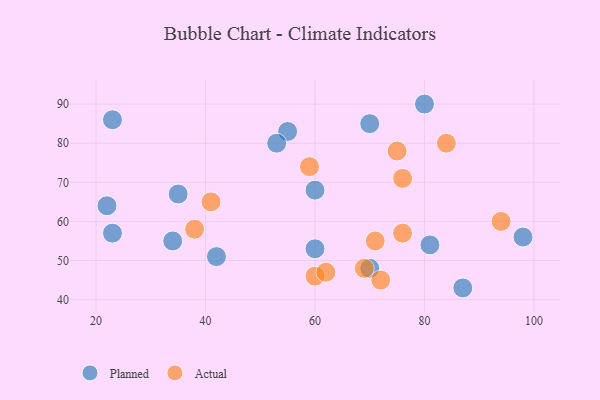
{"axis": {"x": "GDP", "y": "Life Expectancy"}, "legend": ["Actual", "Planned"], "data": [{"x": "23", "y": 57, "type": "Planned"}, {"x": "22", "y": 64, "type": "Planned"}, {"x": "80", "y": 90, "type": "Planned"}, {"x": "60", "y": 53, "type": "Planned"}, {"x": "55", "y": 83, "type": "Planned"}, {"x": "35", "y": 67, "type": "Planned"}, {"x": "70", "y": 48, "type": "Planned"}, {"x": "60", "y": 68, "type": "Planned"}, {"x": "23", "y": 86, "type": "Planned"}, {"x": "81", "y": 54, "type": "Planned"}, {"x": "53", "y": 80, "type": "Planned"}, {"x": "42", "y": 51, "type": "Planned"}, {"x": "87", "y": 43, "type": "Planned"}, {"x": "98", "y": 56, "type": "Planned"}, {"x": "70", "y": 85, "type": "Planned"}, {"x": "34", "y": 55, "type": "Planned"}, {"x": "71", "y": 55, "type": "Actual"}, {"x": "76", "y": 71, "type": "Actual"}, {"x": "60", "y": 46, "type": "Actual"}, {"x": "76", "y": 57, "type": "Actual"}, {"x": "75", "y": 78, "type": "Actual"}, {"x": "94", "y": 60, "type": "Actual"}, {"x": "41", "y": 65, "type": "Actual"}, {"x": "72", "y": 45, "type": "Actual"}, {"x": "38", "y": 58, "type": "Actual"}, {"x": "62", "y": 47, "type": "Actual"}, {"x": "69", "y": 48, "type": "Actual"}, {"x": "84", "y": 80, "type": "Actual"}, {"x": "59", "y": 74, "type": "Actual"}]}